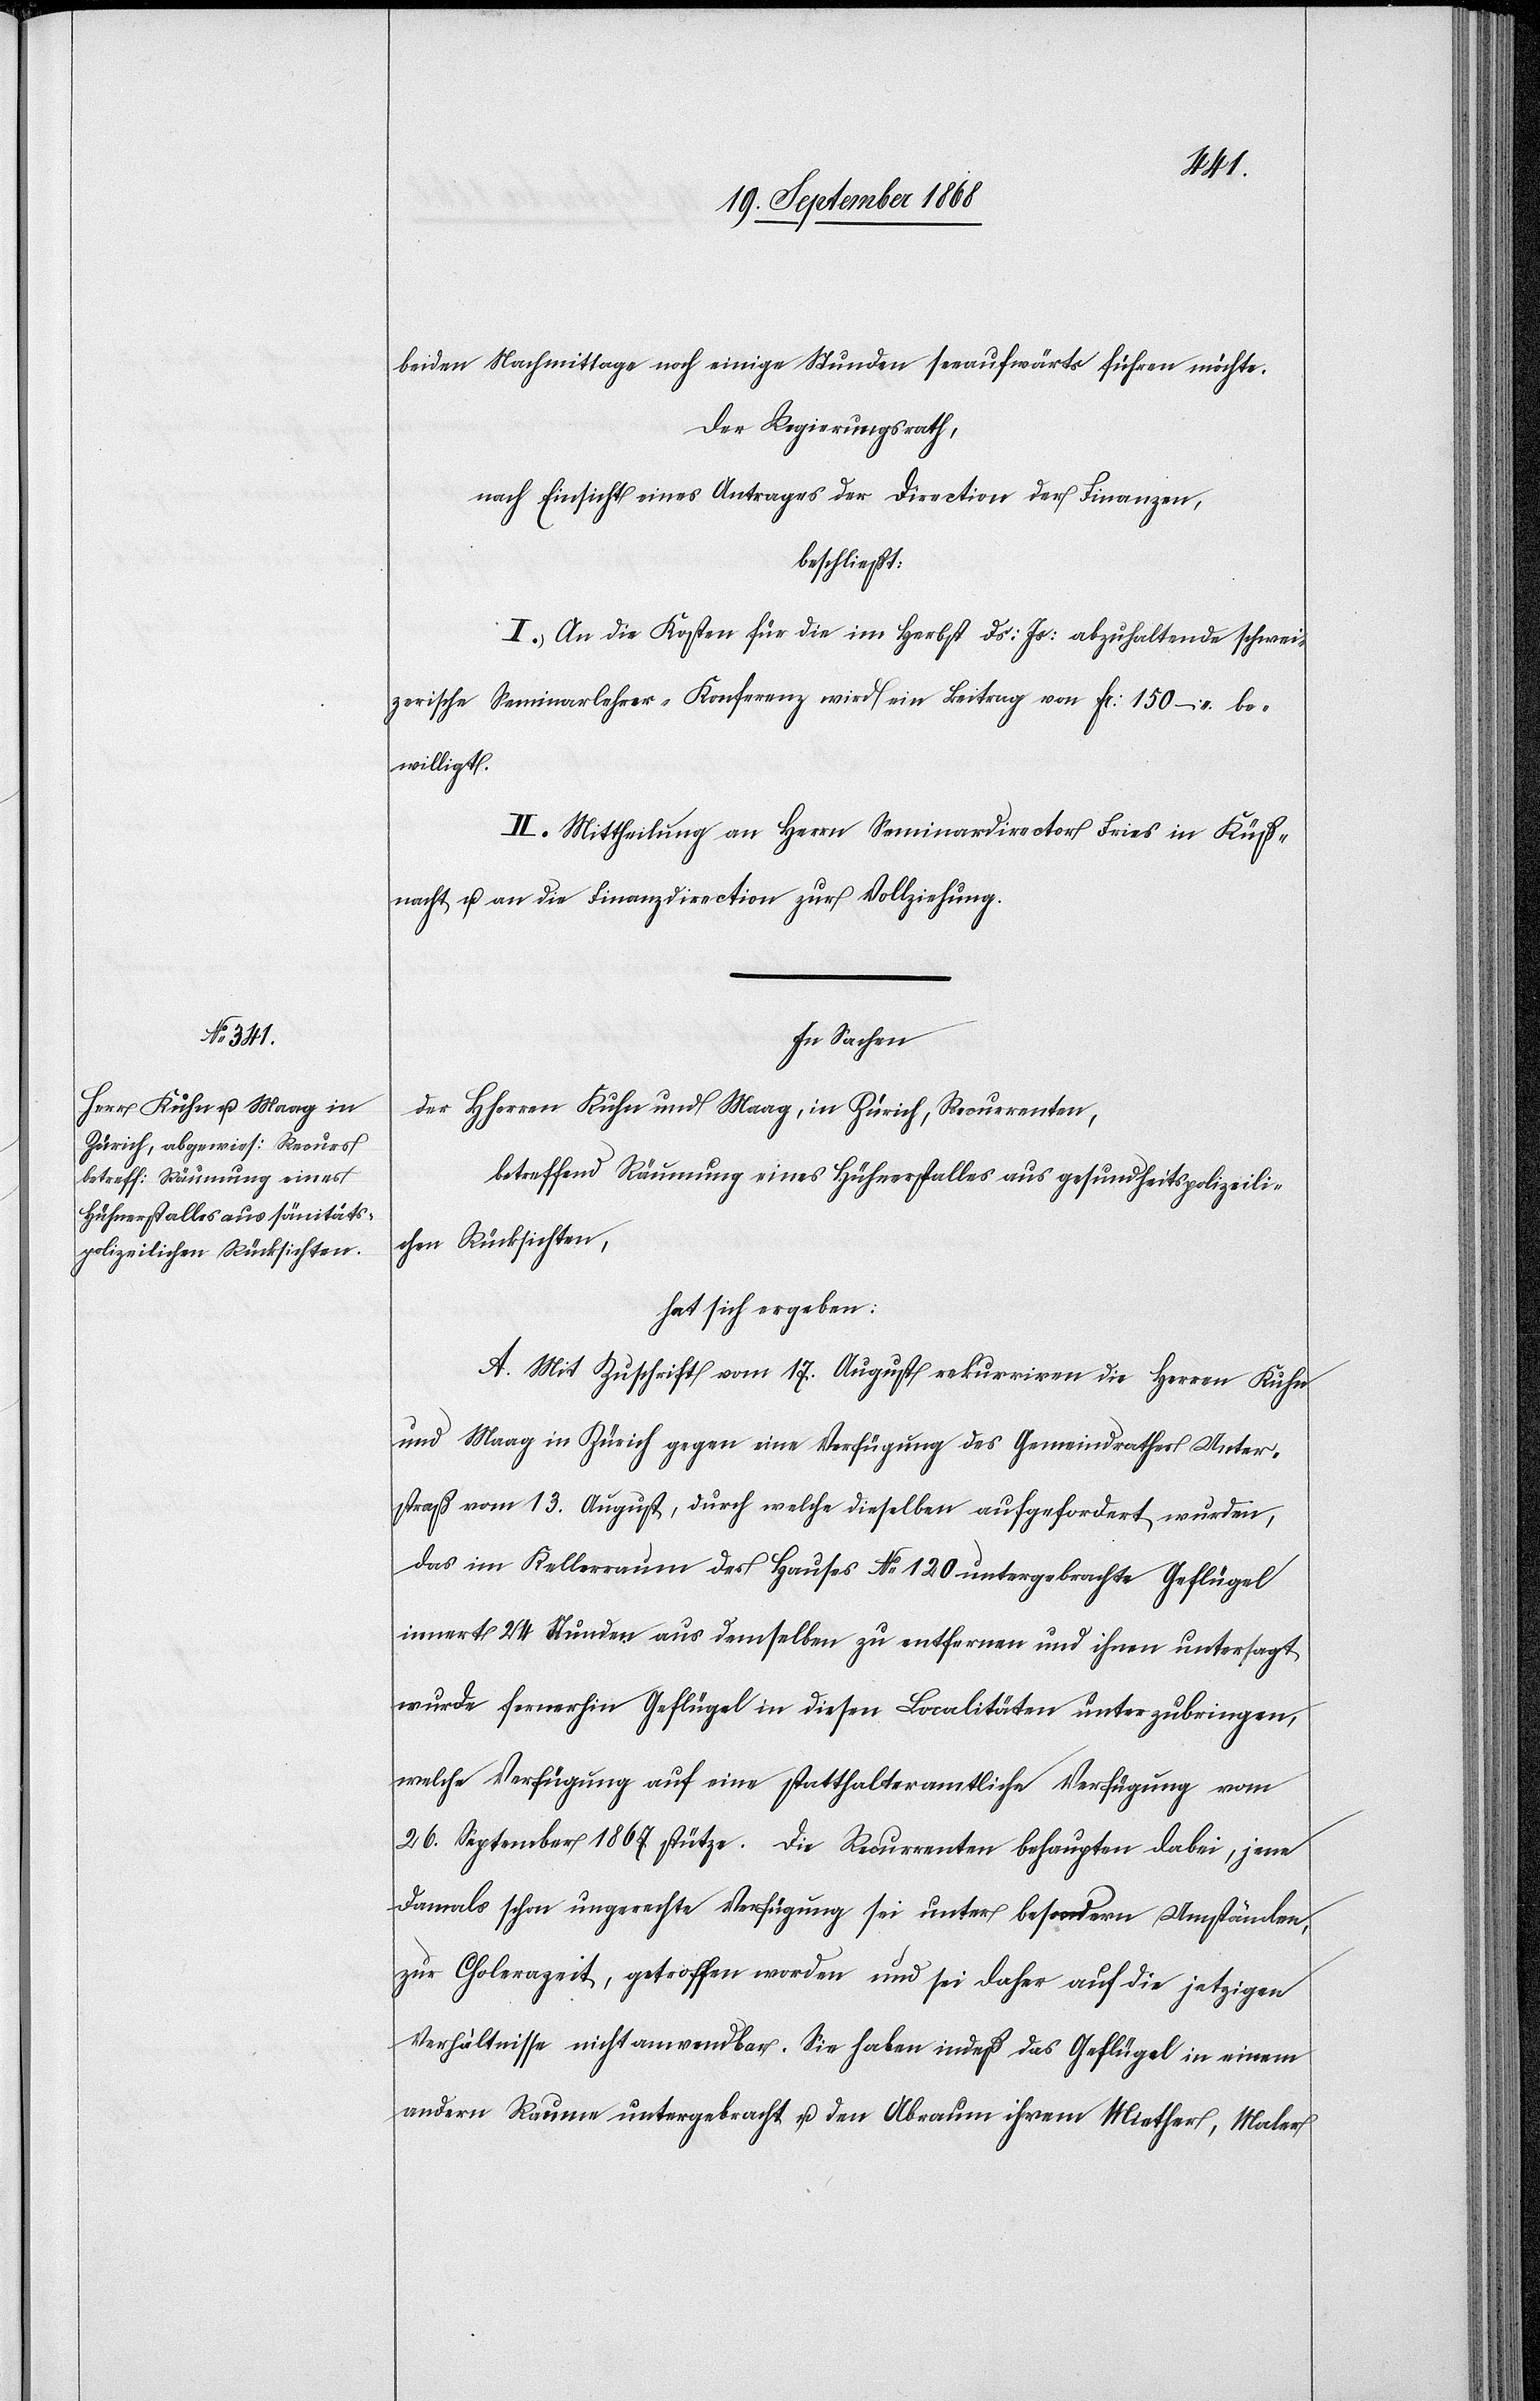
beiden Nachmittage noch einige Stunden seeaufwärts führen möchte.
Der Regierungsrath,
nach Einsicht eines Antrages der Direction der Finanzen,
beschließt:
I. An die Kosten für die im Herbst ds: Js: abzuhaltende schwei¬
zerische Seminarlehrer-Konferenz wird ein Beitrag von Fr: 150 – be¬
willigt.
II. Mittheilung an Herrn Seminardirector Fries in Küß¬
nacht u. an die Finanzdirection zur Vollziehung.
In Sachen
der Hherren Kuhn und Maag, in Zürich, Recurrenten,
betreffend Räumung eines Hühnerstalles aus gesundheitspolizeili¬
chen Rücksichten,
hat sich ergeben:
A. Mit Zuschrift vom 17. August rekurriren die Herren Kuhn
und Maag in Zürich gegen eine Verfügung des Gemeindrathes Unter¬
straß vom 13. August, durch welche dieselben aufgefordert wurden,
das im Kellerraum des Hauses No 120 untergebrachte Geflügel
innert 24 Stunden aus demselben zu entfernen und ihnen untersagt
wurde fernerhin Geflügel in diesen Localitäten unterzubringen,
welche Verfügung auf eine statthalteramtliche Verfügung vom
26. September 1867 stütze. Die Recurrenten behaupten dabei, jene
damals schon ungerechte Verfügung sei unter besondern Umständen,
zur Cholerazeit, getroffen worden und sei daher auf die jetzigen
Verhältnisse nicht anwendbar. Sie haben indeß das Geflügel in einem
andern Raume untergebracht u. den Abraum ihrem Miether, Maler